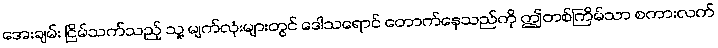
အေးချမ်း ငြိမ်သက်သည့် သူ့ မျက်လုံးများတွင် ဒေါသရောင် တောက်နေသည်ကို ဤတစ်ကြိမ်သာ စကားလက်